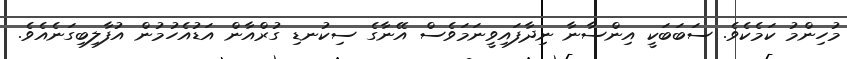
މުހިންމު ކަމެކެވެ. ސަބަބަކީ އިންސާނާ ނިދާފައިވީނަމަވެސް އޭނާގެ ސިކުނޑި ގުރްއާން އަޑުއެހުމުން އުފާލިބިގަނެއެވެ.